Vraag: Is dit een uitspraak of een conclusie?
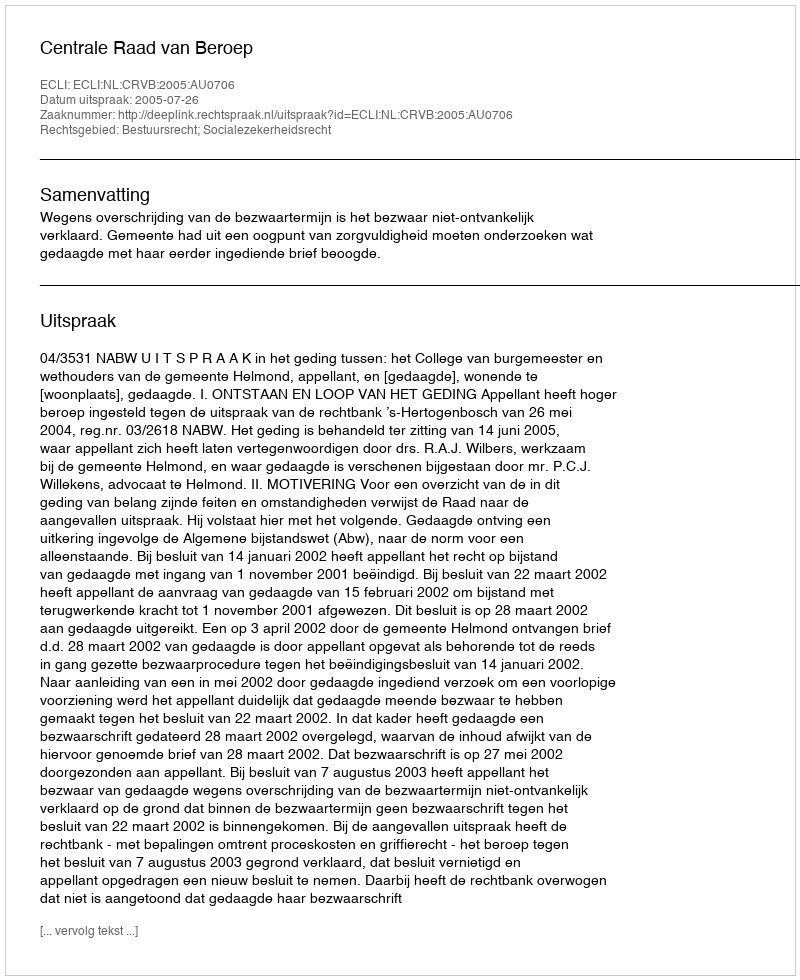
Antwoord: Uitspraak